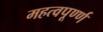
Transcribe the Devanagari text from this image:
महत्वपूर्ण्ण